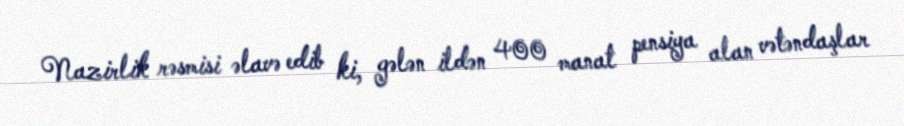
Nazirlik rəsmisi əlavə edib ki, gələn ildən 400 manat pensiya alan vətəndaşlar